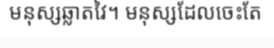
មនុស្សឆ្លាតវៃ។ មនុស្សដែលចេះតែ